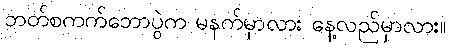
ဘတ်စကက်ဘောပွဲက မနက်မှာလား နေ့လည်မှာလား။